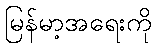
မြန်မာ့အရေးကို